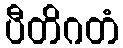
ပီတိဂတံ